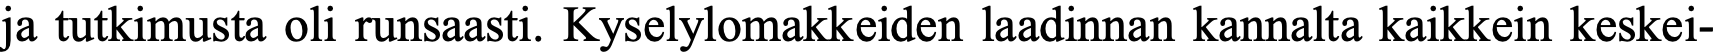
ja tutkimusta oli runsaasti. Kyselylomakkeiden laadinnan kannalta kaikkein keskei-